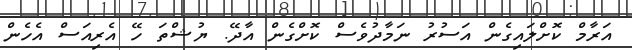
އަރާމް ކޮށްލައިގެން އަސުރު ނަމާދުވެސް ކޮށްގެން އާދޭ. ޔުޝްތަ ހޭ އެރިއަސް އެހެން